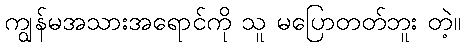
ကျွန်မအသားအရောင်ကို သူ မပြောတတ်ဘူး တဲ့။